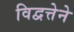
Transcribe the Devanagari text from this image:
विद्वत्तेने